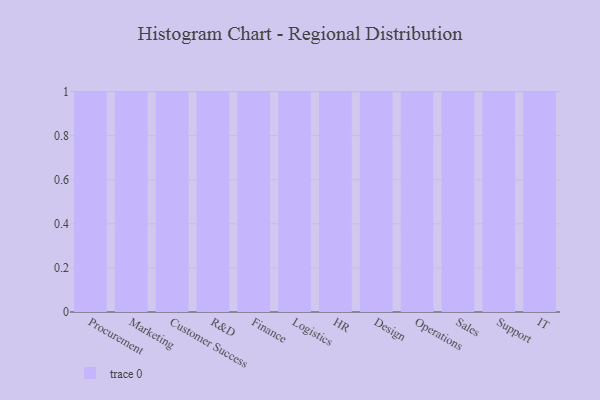
{"axis": {"x": "Department", "y": "Bounce Rate (%)"}, "legend": [""], "data": [{"x": "Procurement", "y": 85, "type": ""}, {"x": "Marketing", "y": 67, "type": ""}, {"x": "Customer Success", "y": 67, "type": ""}, {"x": "R&D", "y": 3, "type": ""}, {"x": "Finance", "y": 6, "type": ""}, {"x": "Logistics", "y": 32, "type": ""}, {"x": "HR", "y": 49, "type": ""}, {"x": "Design", "y": 91, "type": ""}, {"x": "Operations", "y": 32, "type": ""}, {"x": "Sales", "y": 69, "type": ""}, {"x": "Support", "y": 50, "type": ""}, {"x": "IT", "y": 69, "type": ""}]}